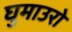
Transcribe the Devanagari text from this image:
घुमाउरो